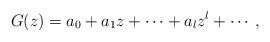
LaTeX: \begin{align*} G(z) = a_0 + a_1 z + \cdots +a_l z^l +\cdots , \end{align*}